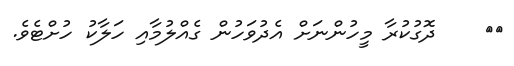
٤٠    ދޮގުކުރާ މީހުންނަށް އެދުވަހުން ގެއްލުމާއި ހަލާކު ހުށްޓެވެ.